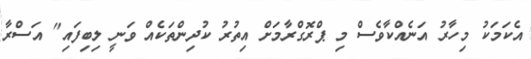
އެކަމަކު މިހާރު އަނެއްކާވެސް މި ޕްރޮގްރާމަށް އިތުރު ކުދިންތަކެއް ވަނީ ލިބިފައި" އަސްރާ